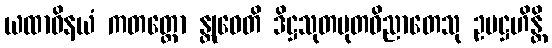
ယထာဝိနယံ ကတတ္တော န္တုဝေတိ ဒိဋ္ဌသုတမုတဝိညာတေသု ဥပဋ္ဌဟိန္တိ